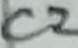
Text: C2